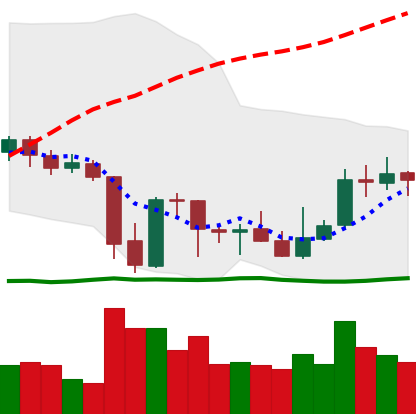
Ticker: XRP-USD
Chart end date: 2021-10-04
Forward return: 11.21%
Label: up_7plus